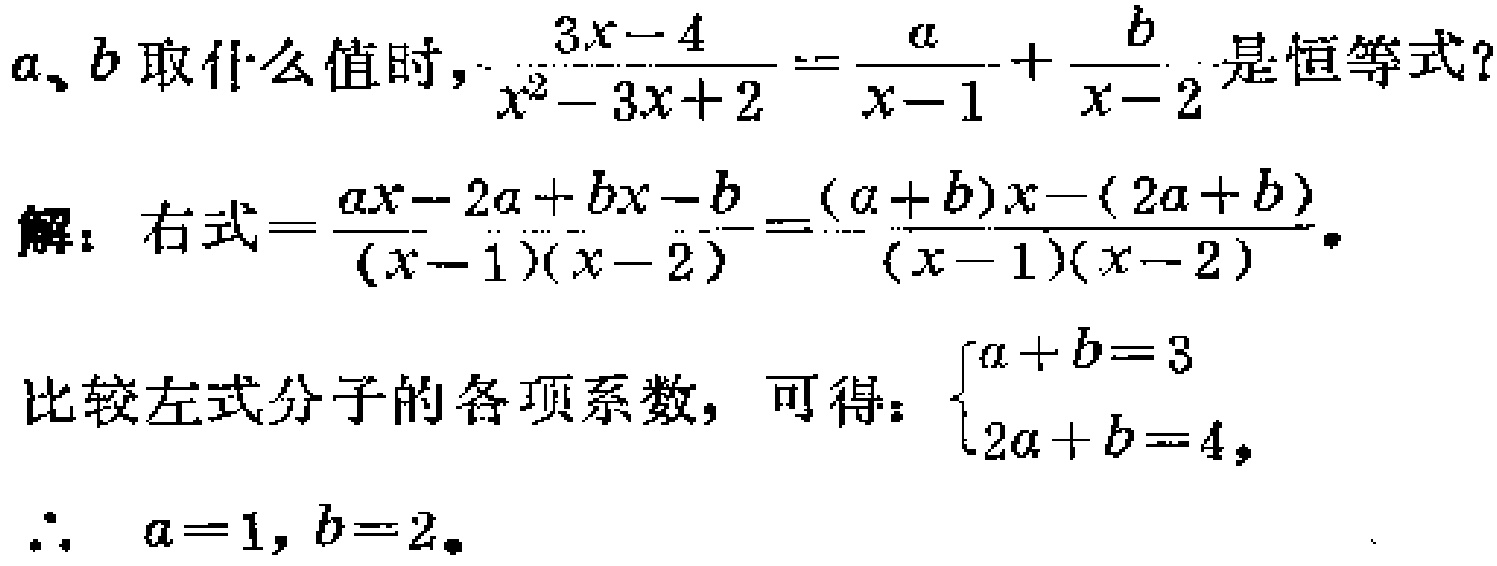
\(a、b\)取什么值时，\(\frac{3x - 4}{x^{2}-3x + 2}=\frac{a}{x - 1}+\frac{b}{x - 2}\)是恒等式？

解：右式\(=\frac{ax - 2a+bx - b}{(x - 1)(x - 2)}=\frac{(a + b)x-(2a + b)}{(x - 1)(x - 2)}\)。

比较左式分子的各项系数，可得：\(\begin{cases}a + b = 3\\2a + b = 4\end{cases}\)，

\(\therefore\ a = 1, b = 2\)。